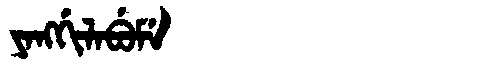
Manchu: ᠶᠠᠩᡤᡳᠯᠠᠪᡠᠮᡝ
Romanization: YANGGILABUME